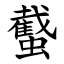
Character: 䘁